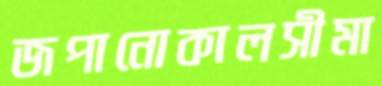
জপানোকালসীমা